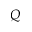
Q